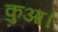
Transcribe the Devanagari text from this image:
कुआ।